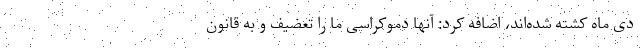
دی ماه کشته شده‌اند، اضافه کرد: آنها دموکراسی ما را تعضیف و به قانون